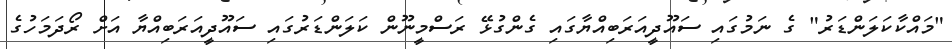
"މައްކާކަލަންޑަރު" ގެ ނަމުގައި ސައޫދީއަރަބިއްޔާގައި ގެންގުޅޭ ރަސްމީނޫން ކަލަންޑަރުގައި ސައޫދީއަރަބިއްޔާ އަށް ރޯދަމަހުގެ